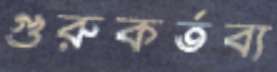
গুরুকর্তব্য